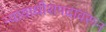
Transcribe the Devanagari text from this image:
न्यायाधीशपदावरून